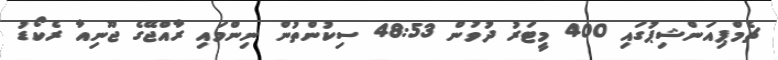
ޗެމްޕިއަންޝިޕުގައި 400 މީޓަރު ދުވުން 48:53 ސިކުންތުން ނިންމައި ރާއްޖޭގެ ޖޫނިއާ ރެކޯޑު